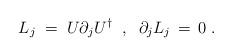
LaTeX: \begin{align*}L_j \;=\; U\partial_j U^{\dagger} \;\; , \;\; \partial_j L_j\,=\,0\;.\end{align*}